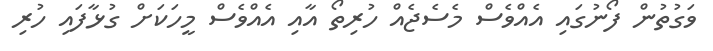
ވަގުތުން ފޯނުގައި އެއްވެސް މެސެޖެއް ހުރިތޯ އާއި އެއްވެސް މީހަކަށް ގުޅާފައި ހުރި